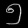
Digit: ၅